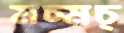
মচ্‌মচ্‌